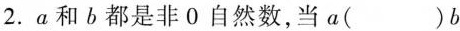
2. a和b都是非0自然数，当a（）b